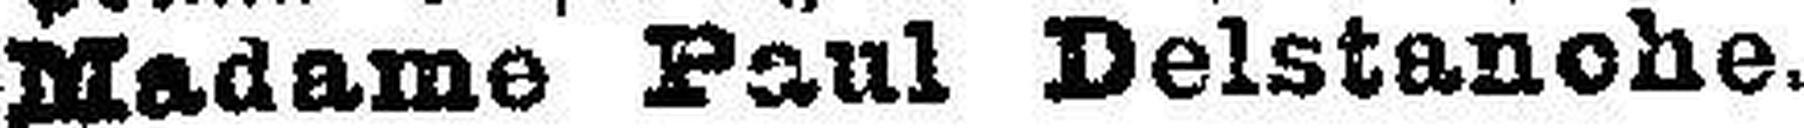
Madame Paul Delstanche.